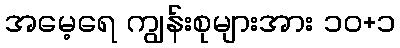
အမေ့ရေ ကျွန်းစုများအား ၁၀+၁